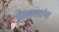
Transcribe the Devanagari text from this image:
गीतकारांना